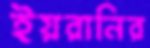
ইয়রানির